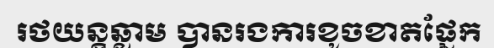
រថយន្តឆ្លាម បានរងការខូចខាតផ្នែក